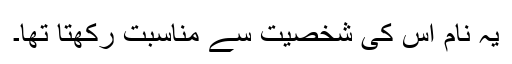
یہ نام اس کی شخصیت سے مناسبت رکھتا تھا۔